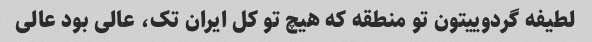
لطیفه گردوییتون تو منطقه که هیچ تو کل ایران تک، عالی بود عالی